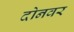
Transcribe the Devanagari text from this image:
दोनवर